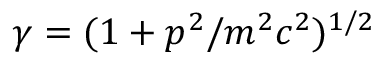
\gamma = ( 1 + p ^ { 2 } / m ^ { 2 } c ^ { 2 } ) ^ { 1 / 2 }